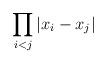
LaTeX: \begin{align*}\displaystyle{ \prod_{i<j} |x_{i} - x_{j} | }\end{align*}